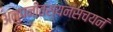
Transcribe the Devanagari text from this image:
अनुपनीतस्यनसंचयनं